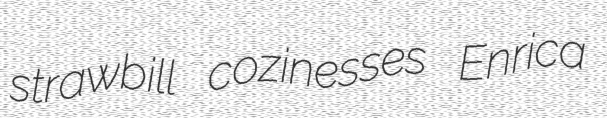
strawbill cozinesses Enrica